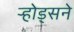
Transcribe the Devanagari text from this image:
र्‍होड्सने